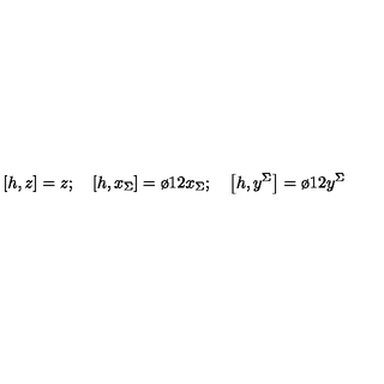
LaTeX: \left[ h , z \right] = z ; \quad \left[ h , x _ { \Sigma } \right] = { \o { 1 } { 2 } } x _ { \Sigma } ; \quad \left[ h , y ^ { \Sigma } \right] = { \o { 1 } { 2 } } y ^ { \Sigma }